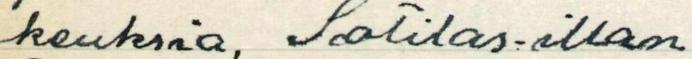
keuksia, Sotilas-illan